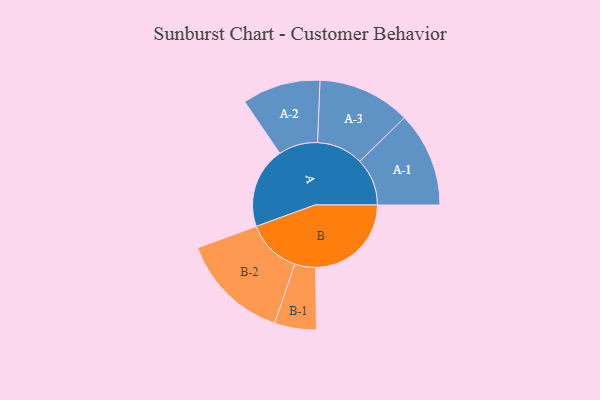
{"axis": {"x": "Segment", "y": "Value"}, "legend": ["", "A", "B"], "data": [{"x": "A", "y": 412, "type": ""}, {"x": "B", "y": 486, "type": ""}, {"x": "A-1", "y": 241, "type": "A"}, {"x": "A-2", "y": 199, "type": "A"}, {"x": "A-3", "y": 236, "type": "A"}, {"x": "B-1", "y": 106, "type": "B"}, {"x": "B-2", "y": 278, "type": "B"}]}